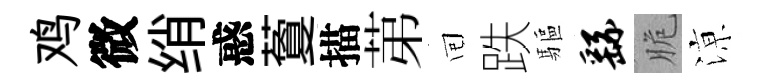
鸡微绡惑藑描苐囘跌驅繇脆鿌